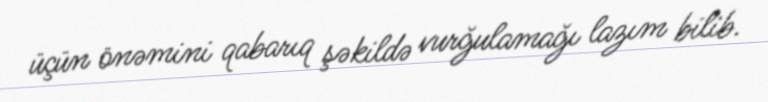
üçün önəmini qabarıq şəkildə vurğulamağı lazım bilib.